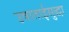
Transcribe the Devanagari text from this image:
उषाताईसुद्धा